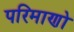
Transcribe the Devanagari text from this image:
परिमाणो